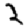
Digit: 2